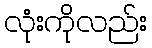
လုံးကိုလည်း